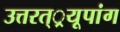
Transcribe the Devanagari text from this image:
उत्तरत््रयूपांग